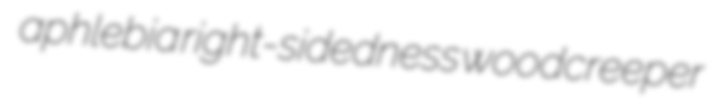
aphlebia right-sidedness woodcreeper